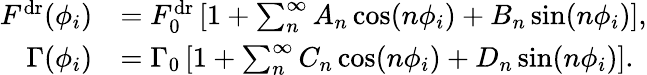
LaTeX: \begin{array}{rl}{F^{\mathrm{dr}}(\phi_{i})}&{=F_{0}^{\mathrm{dr}}\left[1+\sum_{n}^{\infty}A_{n}\cos(n\phi_{i})+B_{n}\sin(n\phi_{i})\right],}\\ {\Gamma(\phi_{i})}&{=\Gamma_{0}\left[1+\sum_{n}^{\infty}C_{n}\cos(n\phi_{i})+D_{n}\sin(n\phi_{i})\right].}\end{array}